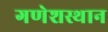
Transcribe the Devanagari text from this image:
गणेशस्थान